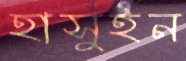
হাসুইন